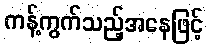
ကန့်ကွက်သည့်အနေဖြင့်